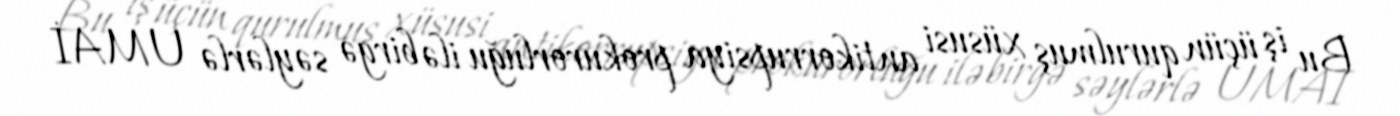
Bu iş üçün qurulmuş xüsusi antikorrupsiya prokurorluğu ilə birgə səylərlə UMAİ